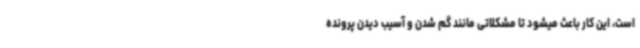
است، این کار باعث میشود تا مشکلاتی مانند گم شدن و آسیب دیدن پرونده